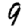
Digit: 9